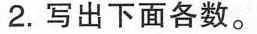
2.写出下面各数。